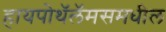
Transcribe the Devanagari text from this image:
हायपोथॅलॅमसमधील